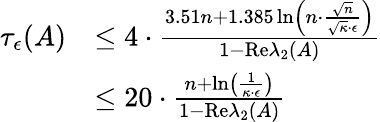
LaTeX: \begin{array}{rl}{\tau_{\epsilon}(A)}&{\leq 4\cdot\frac{3.51n+1.385\ln\left(n\cdot\frac{\sqrt{n}}{\sqrt{\kappa}\cdot\epsilon}\right)}{1-\mathrm{Re}\lambda_{2}(A)}}\\ &{\leq 20\cdot\frac{n+\ln\left(\frac{1}{\kappa\cdot\epsilon}\right)}{1-\mathrm{Re}\lambda_{2}(A)}}\end{array}